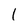
Character: 1